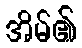
အိမ်၏